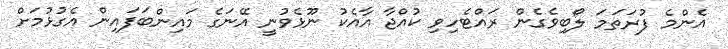
އެންމެ ފުރަތަމަ ލޯބިވެގެން ރައްޓެހިވި ކުއްޖާ އާއެކު ނޫޅެވުނީ އޭނަގެ މައިންބަފައިން އެގުޅުމަށް